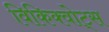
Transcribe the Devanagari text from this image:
विकिक्वोट्स